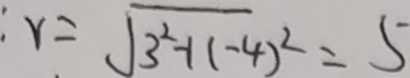
r = \sqrt { 3 ^ { 2 } - 1 ( - 4 ) ^ { 2 } } = 5